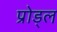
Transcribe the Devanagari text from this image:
प्रोड्ल